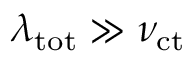
\lambda _ { \mathrm { t o t } } \gg \nu _ { \mathrm { c t } }